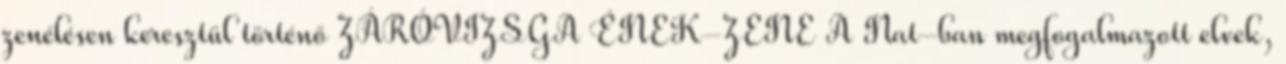
zenélésen keresztül történő ZÁRÓVIZSGA ÉNEK-ZENE A Nat-ban megfogalmazott elvek,